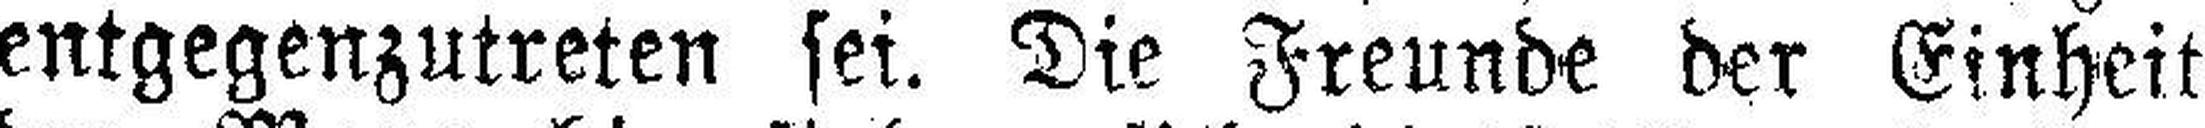
entgegenzutreten sei. Die Freunde der Einheit